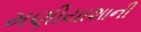
મણીયાશાની